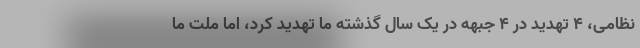
نظامی، ۴ تهدید در ۴ جبهه در یک سال گذشته ما تهدید کرد، اما ملت ما